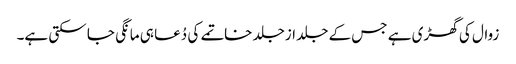
زوال کی گھڑی ہے جس کے جلد ازجلد خاتمے کی دُعا ہی مانگی جا سکتی ہے۔